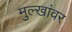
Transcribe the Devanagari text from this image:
मुल्खांवर